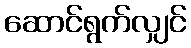
ဆောင်ရွက်လျှင်